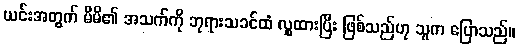
ယင်းအတွက် မိမိ၏ အသက်ကို ဘုရားသခင်ထံ လှူထားပြီး ဖြစ်သည်ဟု သူက ပြောသည်။